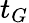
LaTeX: t_{G}